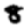
Digit: 8